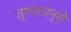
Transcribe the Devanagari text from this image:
तृणधान्ये